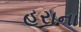
હરાના